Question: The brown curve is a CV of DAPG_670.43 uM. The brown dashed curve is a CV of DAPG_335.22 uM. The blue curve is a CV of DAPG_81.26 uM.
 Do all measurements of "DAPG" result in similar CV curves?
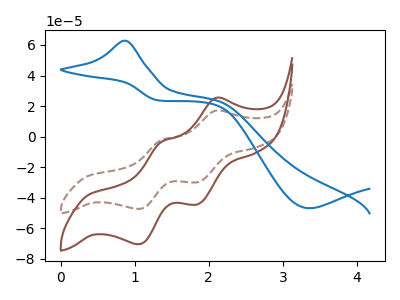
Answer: <think>The brown curve "DAPG_670.43 uM" has anodic peaks at (2.10V, 25.35uA) (1.35V, -3.40uA) and cathodic peaks at (1.85V, -44.25uA) (1.05V, -70.45uA). The brown dashed curve "DAPG_335.22 uM" has anodic peaks at (2.10V, 17.05uA) (1.35V, -2.30uA) and cathodic peaks at (1.85V, -29.75uA) (1.05V, -47.40uA). The blue curve "DAPG_81.26 uM" has an anodic peak at (0.85V, 62.80uA) and a cathodic peak at (3.35V, -46.90uA).
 All the peaks in "DAPG_670.43 uM" have a peak in "DAPG_335.22 uM" at the same potential. "DAPG_670.43 uM" and "DAPG_81.26 uM" have a different number of peaks. "DAPG_335.22 uM" and "DAPG_81.26 uM" have a different number of peaks.</think>
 <answer>All the CV's of "DAPG" have similar shape.</answer>
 <eval>follow_rule</eval>